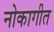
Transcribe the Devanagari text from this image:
नोकागीत